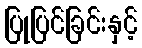
ပြုပြင်ခြင်းနှင့်